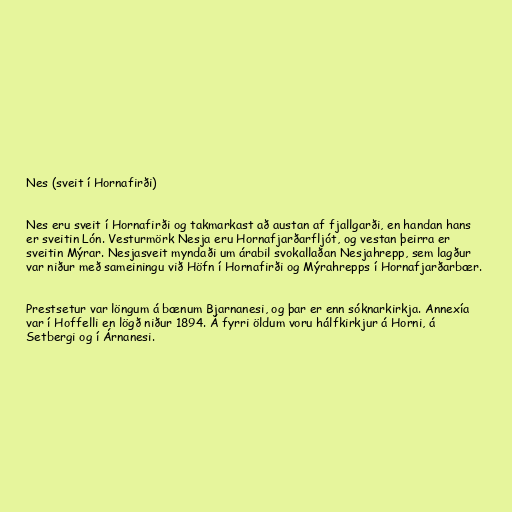
Nes (sveit í Hornafirði)

Nes eru sveit í Hornafirði og takmarkast að austan af fjallgarði, en handan hans
er sveitin Lón. Vesturmörk Nesja eru Hornafjarðarfljót, og vestan þeirra er
sveitin Mýrar. Nesjasveit myndaði um árabil svokallaðan Nesjahrepp, sem lagður
var niður með sameiningu við Höfn í Hornafirði og Mýrahrepps í Hornafjarðarbær.

Prestsetur var löngum á bænum Bjarnanesi, og þar er enn sóknarkirkja. Annexía
var í Hoffelli en lögð niður 1894. Á fyrri öldum voru hálfkirkjur á Horni, á
Setbergi og í Árnanesi.